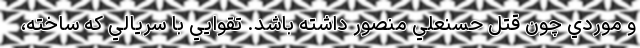
و موردي چون قتل حسنعلي منصور داشته باشد. تقوايي با سريالي که ساخته،